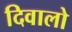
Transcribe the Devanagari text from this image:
दिवालो